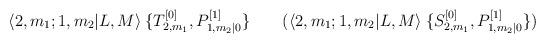
LaTeX: \begin{align*}\langle 2,m_1 ; 1,m_2 | L,M \rangle \: \{ T^{[0]}_{2,m_1} , P^{[1]}_{1,m_2 | 0} \} \qquad ( \langle 2,m_1 ; 1,m_2 | L,M \rangle \: \{ S^{[0]}_{2,m_1} , P^{[1]}_{1,m_2 | 0} \} )\end{align*}